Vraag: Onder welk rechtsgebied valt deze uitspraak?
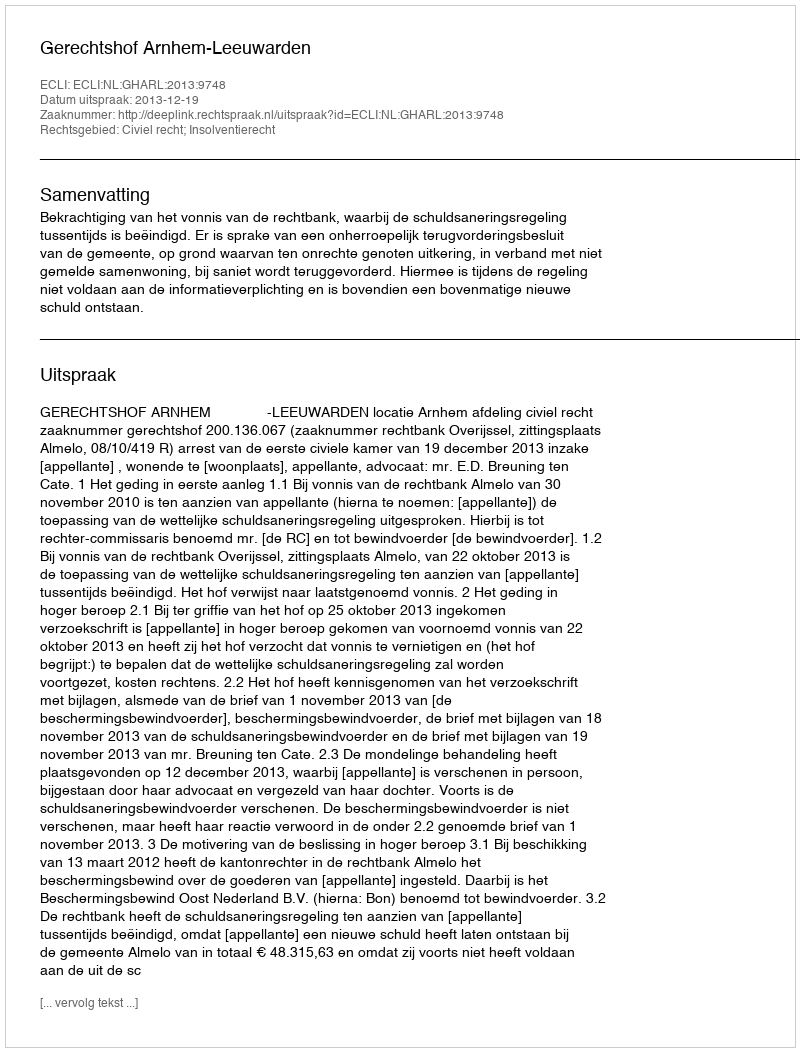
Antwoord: Civiel recht; Insolventierecht